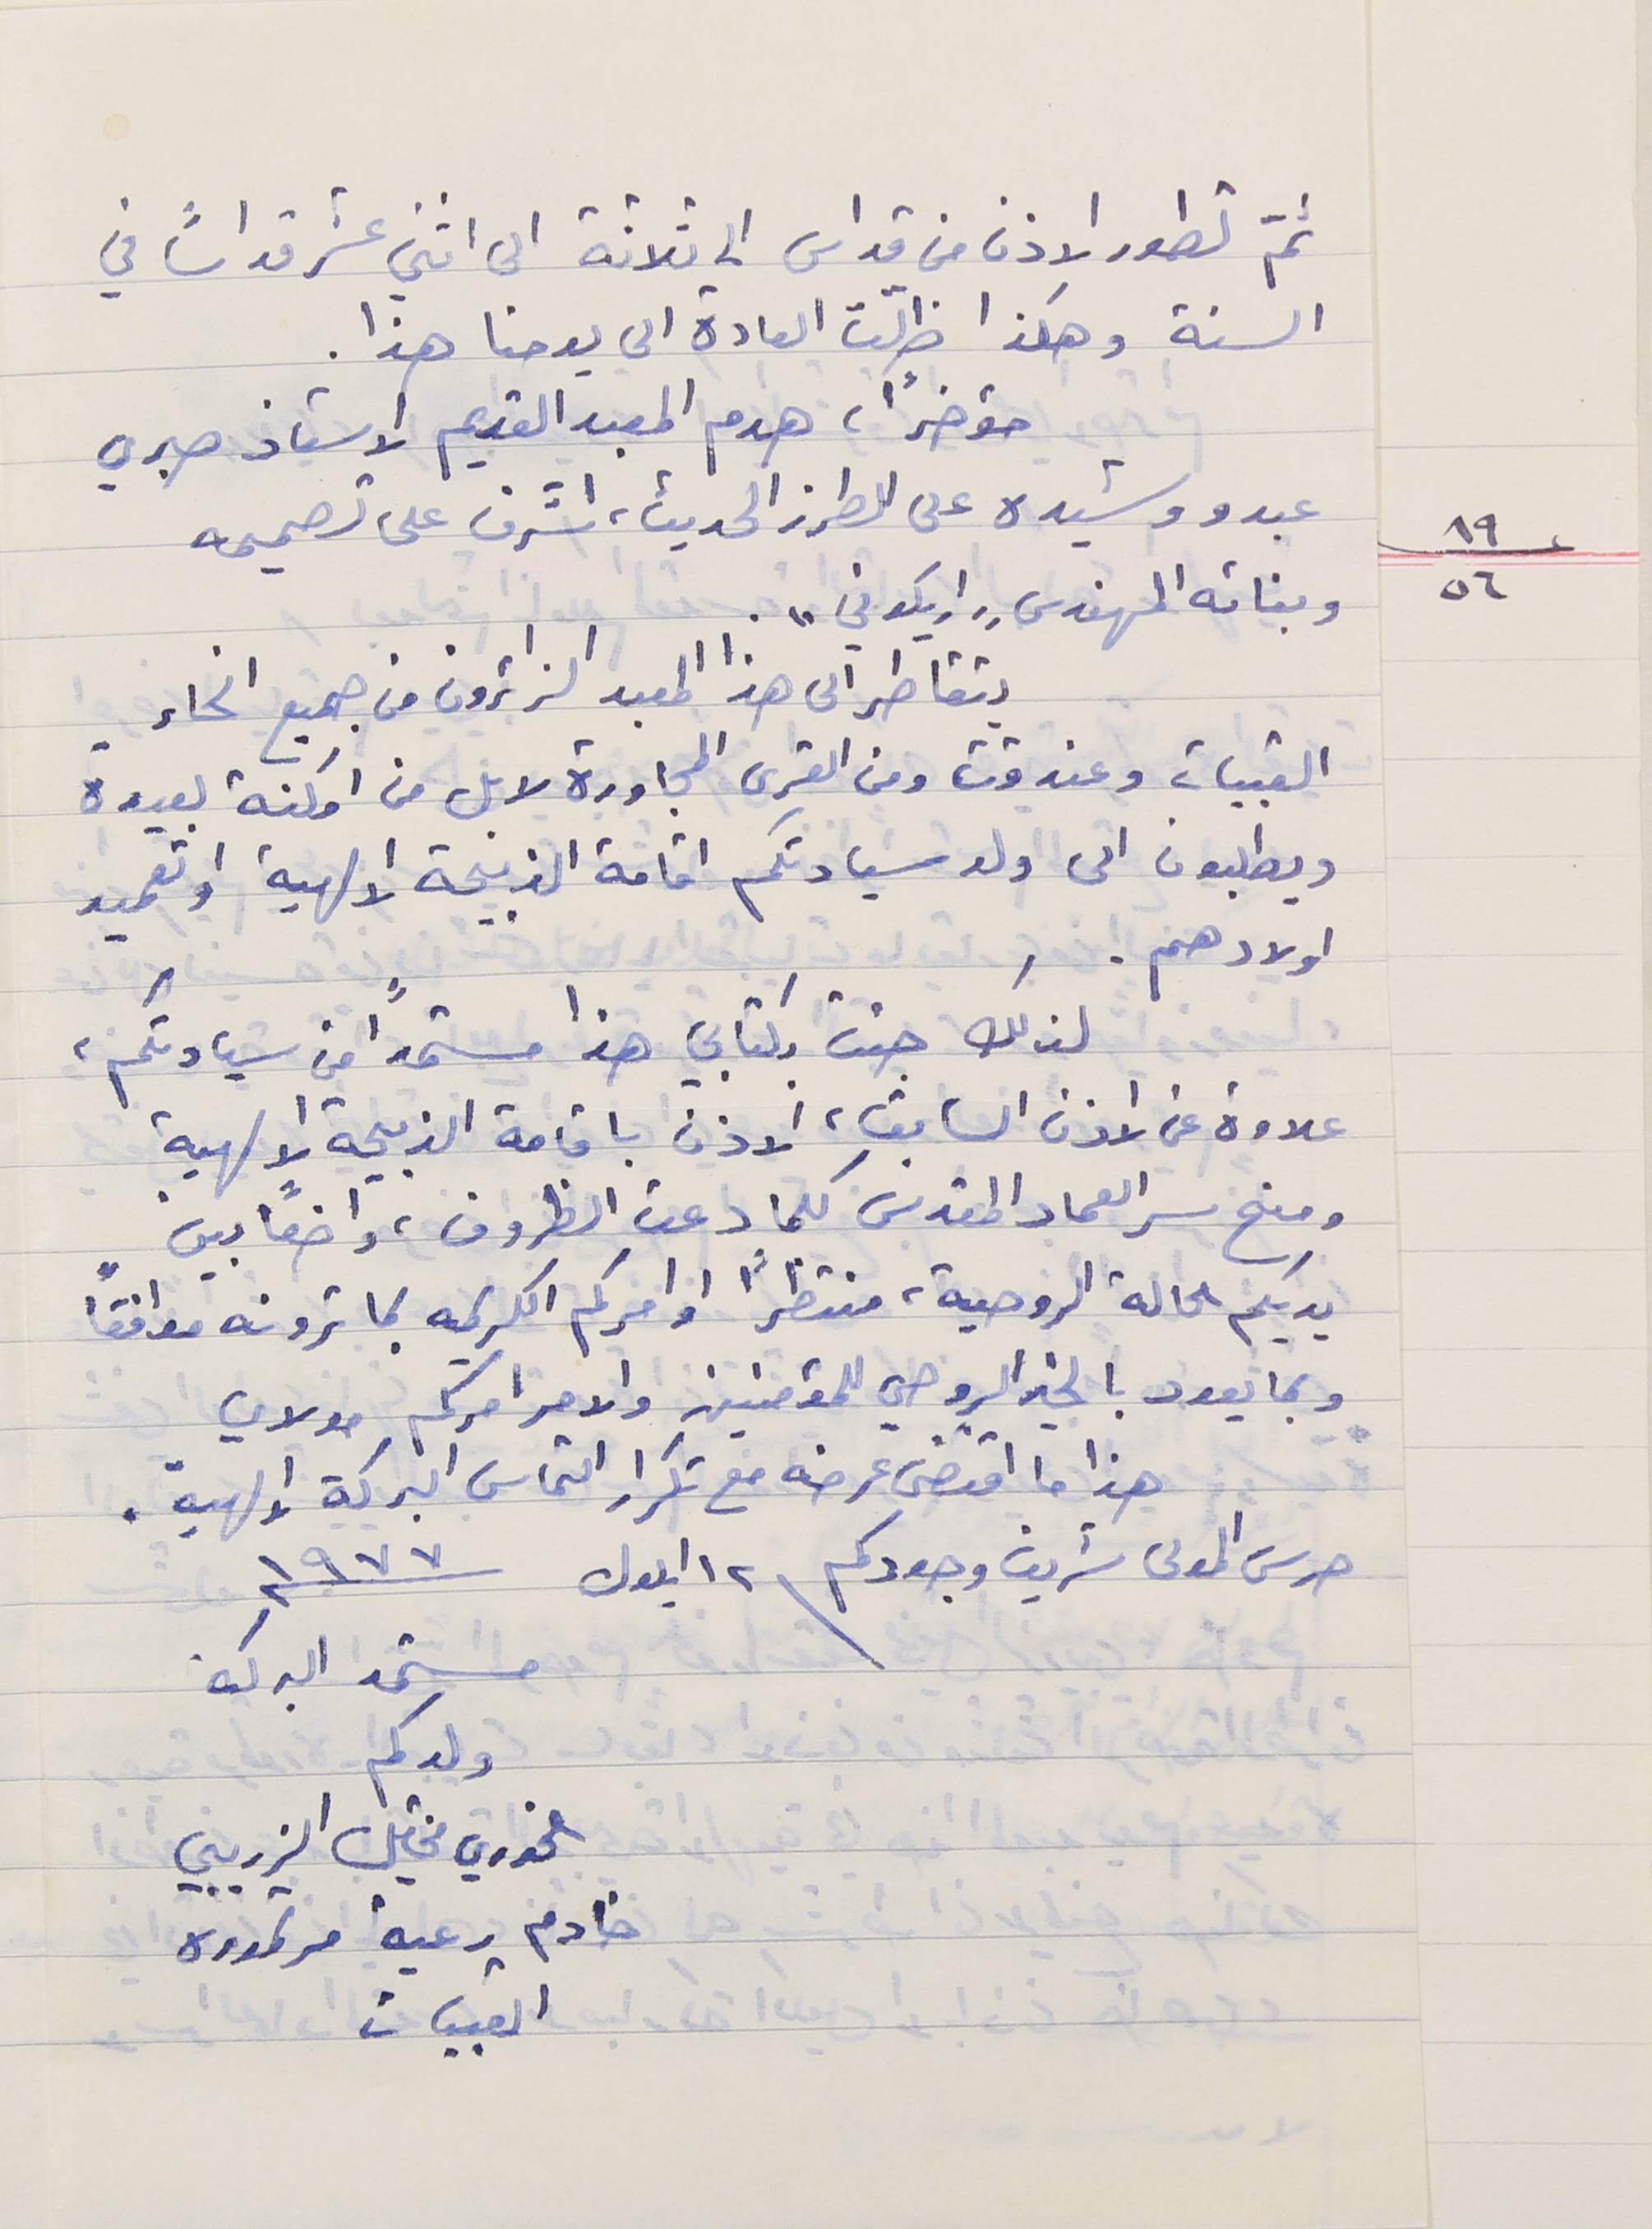
ثمّ تطور الاذن من قداس الى ثلاثة الى اثني عشر قداساً في
السنة وهكذا ظلّت العادة الى يومنا هذا.
 مؤخراً هدم المعبد القديم الاستاذ صبري
عبدو وشيده على الطرز الحديث، اشرف على تصميمه
١٩/٥٦  وبنائه المهندس "اريكوني".
يتقاطر الى هذا المعبد الزائرون من جميع انحاء
القبيات وعندقت ومن القرى المجاورة لا بل من امكنة بعيدة
ويطلبون الى ولد سيادتكم اقامة الذبيحة الالهية او تعميد
اولادهم .
 لذلك جئت بكتابي هذا مستمدًا من سيادتكم،
 علاوة عن الاذن السابق، الاذن باقامة الذبيحة الالهية
 ومنح سر العماد المقدس كلما دعت الظروف، واضعاً بين
يديكم الحالة الروحية، منتظراً اوامركم الكريمه بما ترونه موافقاً
وبما يعود بالخير الروحي للمؤمنين والامر امركم مولاي
هذا ما اقتضى عرضه مع تكرار التماس البركة الالهية.
حرس المولى شريف وجودكم فى ١٢ ايلول سنة ١٩٧٧
مستمد البركة
ولدكم الخوري مخايل الزريبي
 خادم رعية مرتموره القبيات